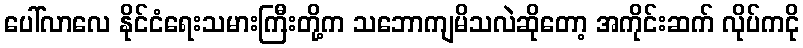
ပေါ်လာလေ နိုင်ငံရေးသမားကြီးတို့က သဘောကျမိသလဲဆိုတော့ အကိုင်းဆက် လိုပ်ကငို